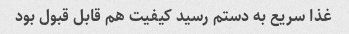
غذا سریع به دستم رسید کیفیت هم قابل قبول بود